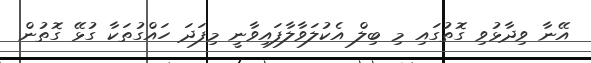
އޭނާ ވިދާޅުވި ގޮތުގައި މި ބިލް އެކުލަވާލާފައިވާނީ މިފަދަ ހައްގުތަކާ ގުޅޭ ގޮތުން